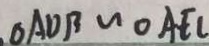
O A D B \sim O A E C